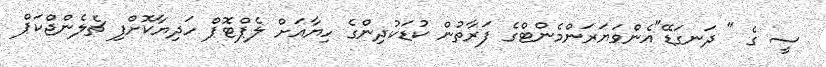
ސީ ގެ " ދަނގަޑޭ"އެންވަޔަރަންމެންޓްގެ ފަރާތުން ކުޑަކުދިންގެ ހިޔާއަށް ލެޕްޓޮޕް ހަދިޔާކޮށްފި ޗެލެންޖްކަޕް